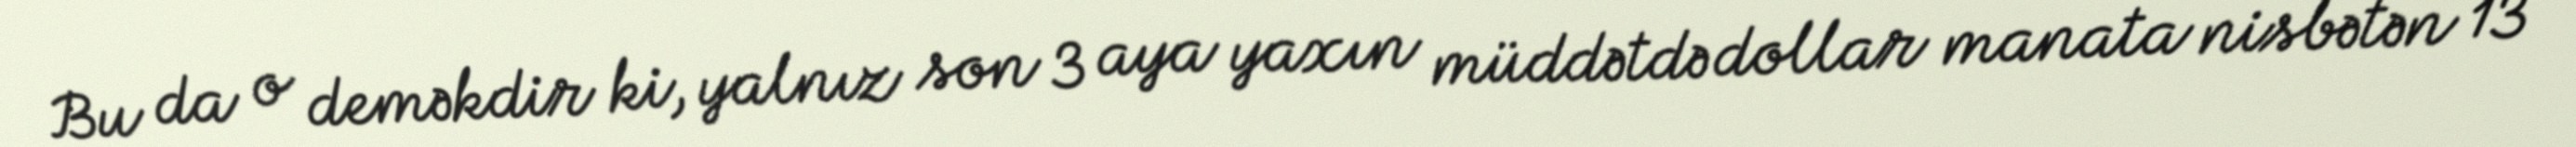
Bu da o deməkdir ki, yalnız son 3 aya yaxın müddətdə dollar manata nisbətən 13